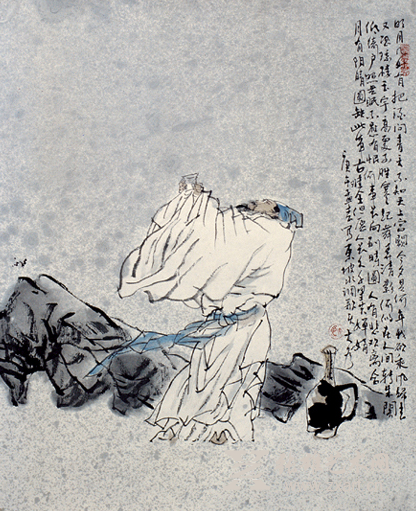
一月可曾闲几日，百年难得闰中秋。